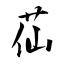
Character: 苮